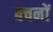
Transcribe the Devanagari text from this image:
बचनों